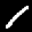
Digit: 1